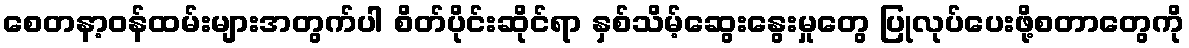
စေတနာ့ဝန်ထမ်းများအတွက်ပါ စိတ်ပိုင်းဆိုင်ရာ နှစ်သိမ့်ဆွေးနွေးမှုတွေ ပြုလုပ်ပေးဖို့စတာတွေကို